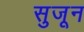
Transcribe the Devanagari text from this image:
सुजून